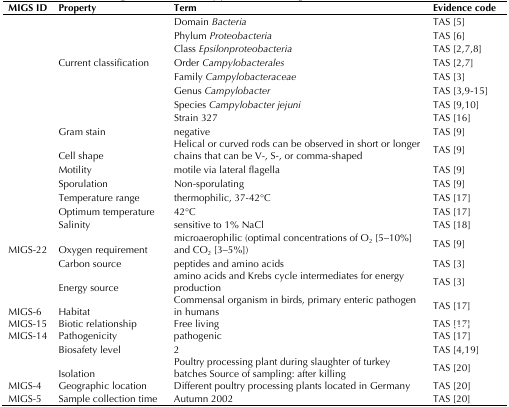
| MIGS ID | Property | Term | Evidence code |
 | --- | --- | --- | --- |
 |  |  | Domain Bacteria | TAS [5] |
 |  |  | Phylum Proteobacteria | TAS [6] |
 |  |  | Class Epsilonproteobacteria | TAS [2,7,8] |
 |  | Current classification | Order Campylobacterales | TAS [2,7] |
 |  |  | Family Campylobacteraceae | TAS [3] |
 |  |  | Genus Campylobacter | TAS [3,9-15] |
 |  |  | Species Campylobacter jejuni | TAS [9,10] |
 |  |  | Strain 327 | TAS [16] |
 |  | Gram stain | negative | TAS [9] |
 |  | Cell shape | Helical or curved rods can be observed inshort or longer chains that can be V-, S-, or comma-shaped | TAS [9] |
 |  | Motility | motile via lateral flagella | TAS [9] |
 |  | Sporulation | Non-sporulating | TAS [9] |
 |  | Temperature range | thermophilic, 37-42°C | TAS [17] |
 |  | Optimum temperature | 42°C | TAS [17] |
 |  | Salinity | sensitive to 1% NaCl | TAS [18] |
 | MIGS-22 | Oxygen requirement | microaerophilic (optimal concentrations ofO2 [5–10%] and CO2 [3–5%]) | TAS [9] |
 |  | Carbon source | peptides and amino acids | TAS [3] |
 |  | Energy source | amino acids and Krebs cycle intermediatesfor energy production | TAS [3] |
 | MIGS-6 | Habitat | Commensal organism in birds, primaryenteric pathogen in humans | TAS [17] |
 | MIGS-15 | Biotic relationship | Free living | TAS [17] |
 | MIGS-14 | Pathogenicity | pathogenic | TAS [17] |
 |  | Biosafety level | 2 | TAS [4,19] |
 |  | Isolation | Poultry processing plant during slaughter of turkey batchesSource of sampling: after killing | TAS [20] |
 | MIGS-4 | Geographic location | Different poultry processing plants located in Germany | TAS [20] |
 | MIGS-5 | Sample collection time | Autumn 2002 | TAS [20] |